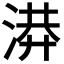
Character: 𭱄